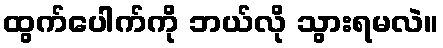
ထွက်ပေါက်ကို ဘယ်လို သွားရမလဲ။